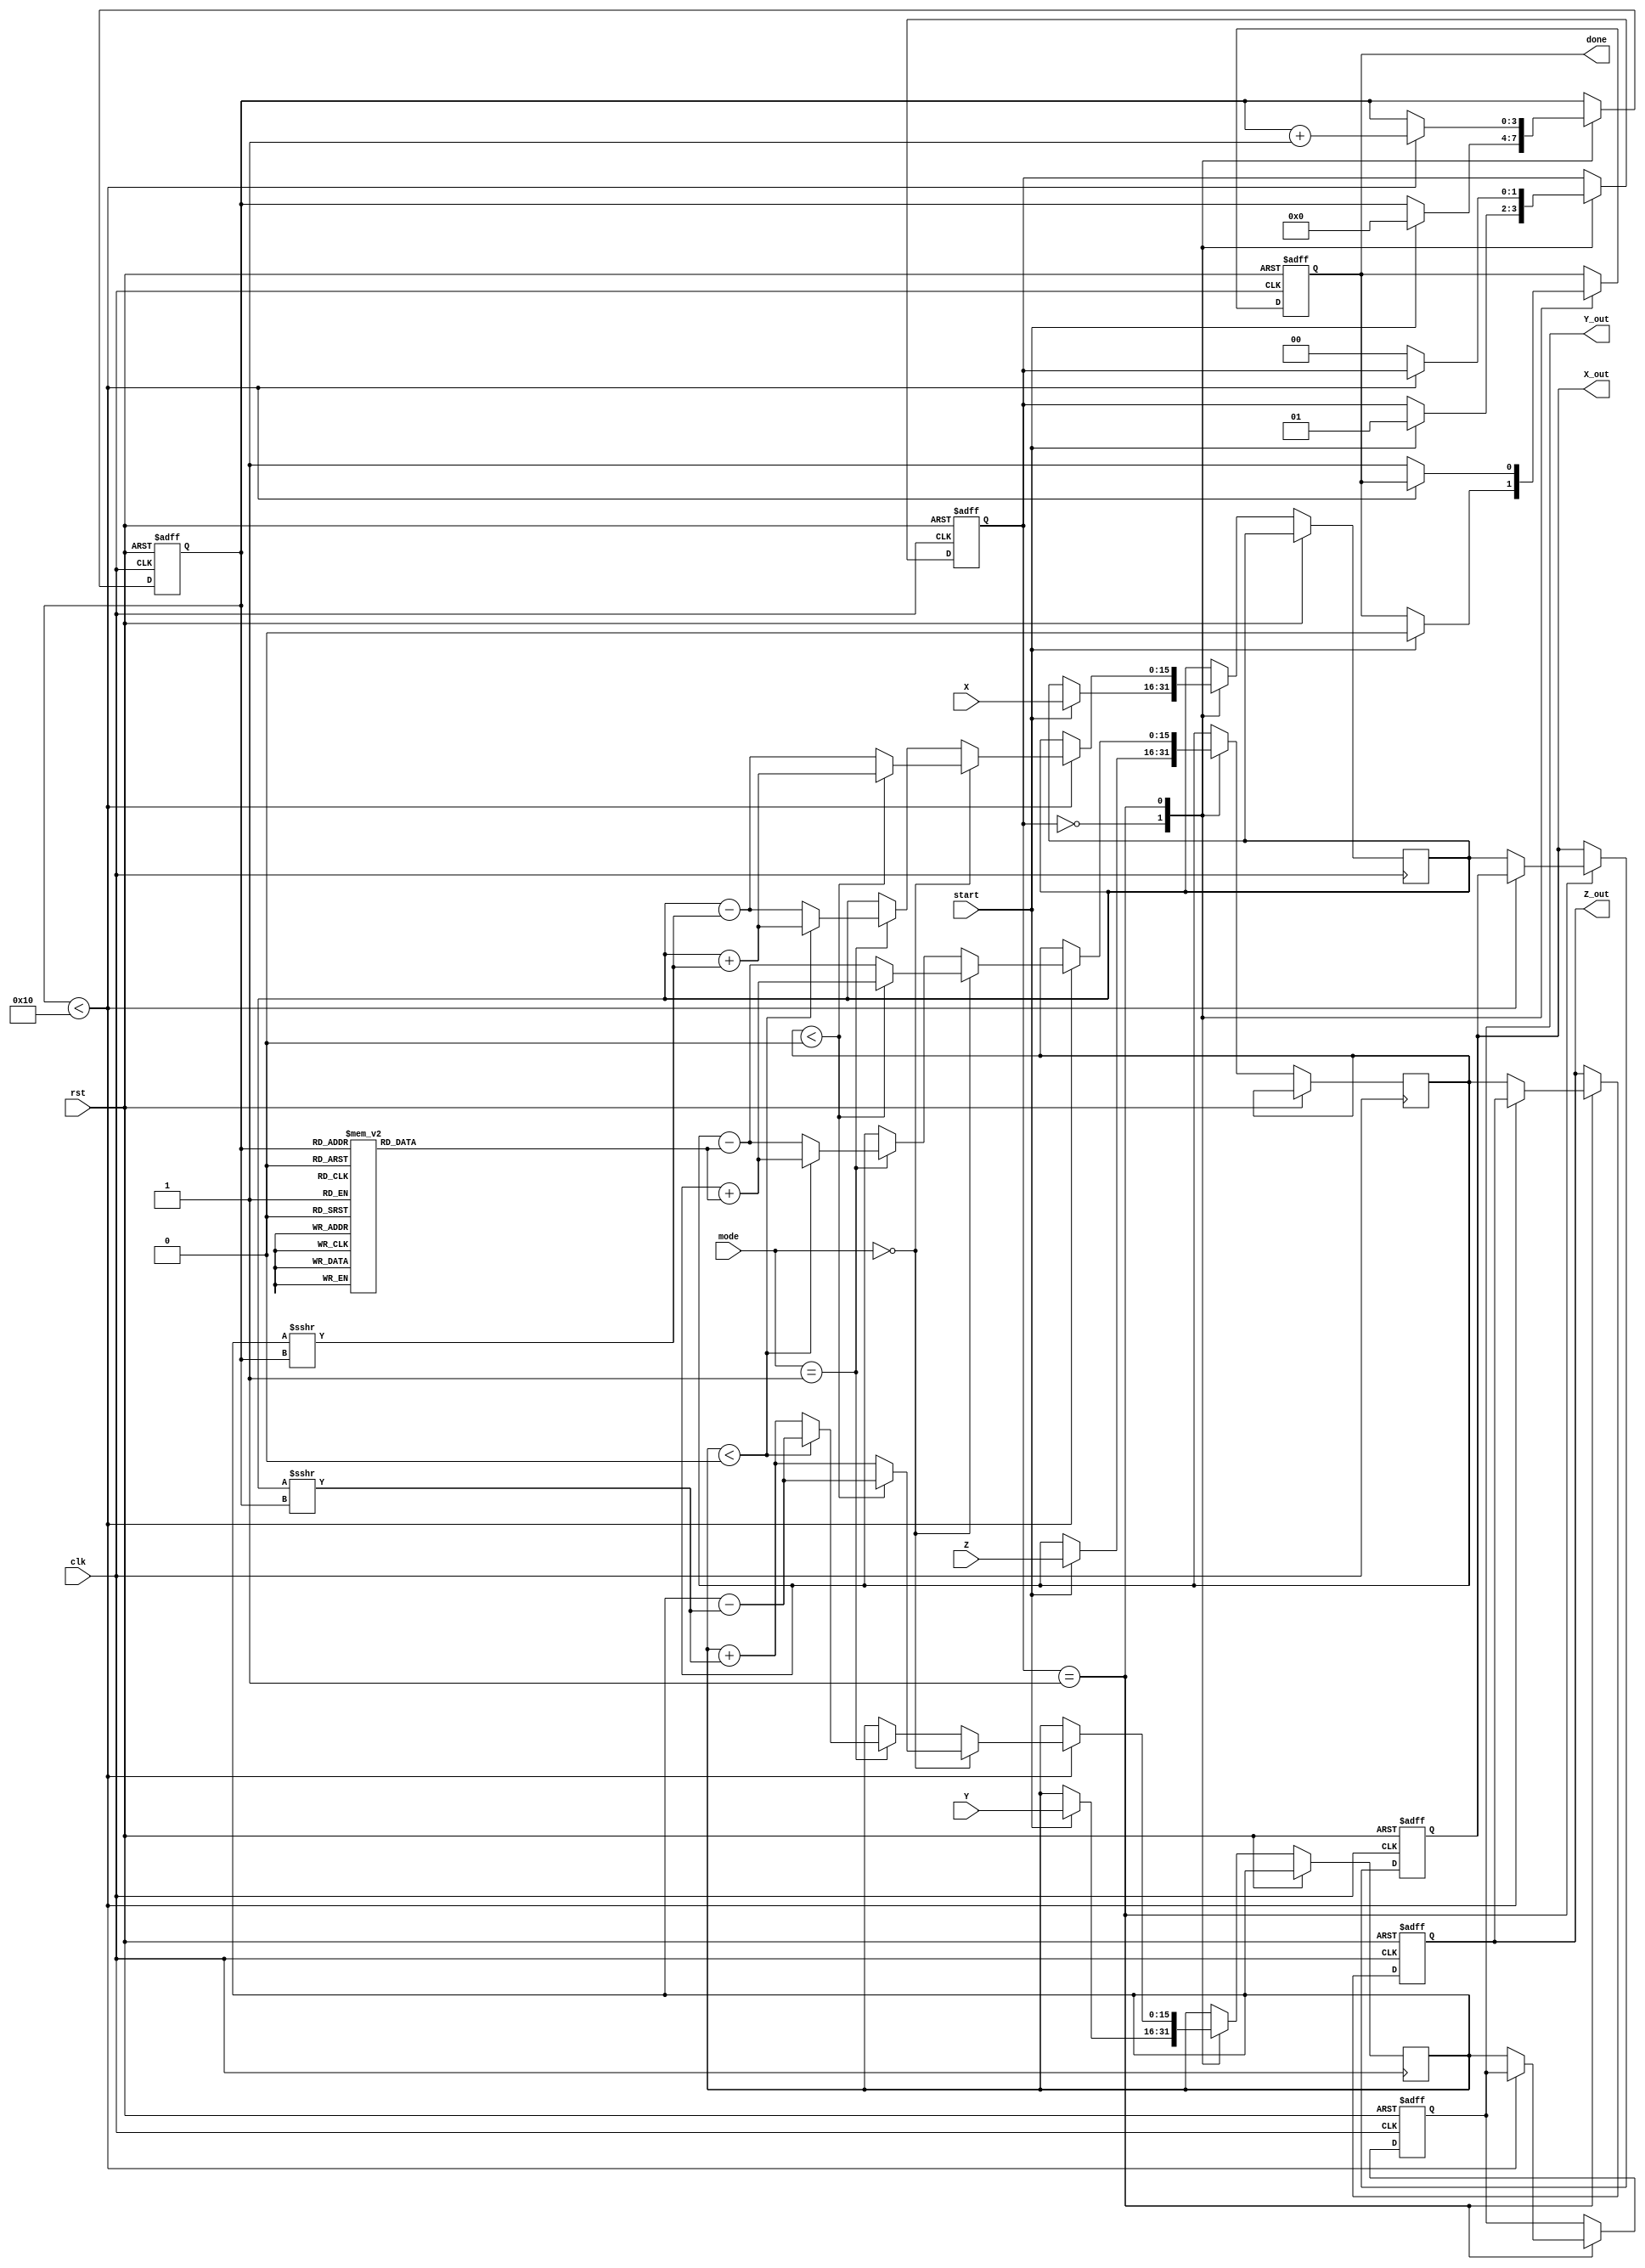
module cordic (
    input wire signed [15:0] X,       // Input X-coordinate
    input wire signed [15:0] Y,       // Input Y-coordinate
    input wire signed [15:0] Z,       // Input angle
    input wire [1:0] mode,            // Operation mode (0: rotation, 1: vectoring)
    input wire start,                  // Start signal
    input wire clk,                    // Clock signal
    input wire rst,                    // Reset signal
    output reg signed [15:0] X_out,    // Output X-coordinate
    output reg signed [15:0] Y_out,    // Output Y-coordinate
    output reg signed [15:0] Z_out,    // Output angle or result
    output reg done                    // Done signal
);

    // CORDIC parameters
    parameter NUM_ITERATIONS = 16;
    reg signed [15:0] x_reg, y_reg, z_reg;
    reg [3:0] iteration;
    reg [1:0] state;

    // Lookup table for arctangent values (fixed-point representation)
    reg signed [15:0] atan_table [0:NUM_ITERATIONS-1];
    initial begin
        atan_table[0] = 16'h2000; // atan(2^-0)
        atan_table[1] = 16'h1000; // atan(2^-1)
        atan_table[2] = 16'h0800; // atan(2^-2)
        atan_table[3] = 16'h0400; // atan(2^-3)
        atan_table[4] = 16'h0200; // atan(2^-4)
        atan_table[5] = 16'h0100; // atan(2^-5)
        atan_table[6] = 16'h0080; // atan(2^-6)
        atan_table[7] = 16'h0040; // atan(2^-7)
        atan_table[8] = 16'h0020; // atan(2^-8)
        atan_table[9] = 16'h0010; // atan(2^-9)
        atan_table[10] = 16'h0008; // atan(2^-10)
        atan_table[11] = 16'h0004; // atan(2^-11)
        atan_table[12] = 16'h0002; // atan(2^-12)
        atan_table[13] = 16'h0001; // atan(2^-13)
        atan_table[14] = 16'h0001; // atan(2^-14)
        atan_table[15] = 16'h0000; // atan(2^-15)
    end

    // State machine for control
    always @(posedge clk or posedge rst) begin
        if (rst) begin
            iteration <= 0;
            state <= 0;
            done <= 0;
            X_out <= 0;
            Y_out <= 0;
            Z_out <= 0;
        end else begin
            case (state)
                0: begin // Idle state
                    if (start) begin
                        x_reg <= X;
                        y_reg <= Y;
                        z_reg <= Z;
                        iteration <= 0;
                        state <= 1;
                        done <= 0;
                    end
                end
                1: begin // Iteration state
                    if (iteration < NUM_ITERATIONS) begin
                        if (mode == 0) begin // Rotation mode
                            if (z_reg < 0) begin
                                x_reg <= x_reg + (y_reg >>> iteration);
                                y_reg <= y_reg - (x_reg >>> iteration);
                                z_reg <= z_reg + atan_table[iteration];
                            end else begin
                                x_reg <= x_reg - (y_reg >>> iteration);
                                y_reg <= y_reg + (x_reg >>> iteration);
                                z_reg <= z_reg - atan_table[iteration];
                            end
                        end else if (mode == 1) begin // Vectoring mode
                            if (y_reg < 0) begin
                                x_reg <= x_reg + (y_reg >>> iteration);
                                y_reg <= y_reg - (x_reg >>> iteration);
                                z_reg <= z_reg + atan_table[iteration];
                            end else begin
                                x_reg <= x_reg - (y_reg >>> iteration);
                                y_reg <= y_reg + (x_reg >>> iteration);
                                z_reg <= z_reg - atan_table[iteration];
                            end
                        end
                        iteration <= iteration + 1;
                    end else begin
                        X_out <= x_reg;
                        Y_out <= y_reg;
                        Z_out <= z_reg;
                        done <= 1;
                        state <= 0; // Go back to idle
                    end
                end
            endcase
        end
    end
endmodule